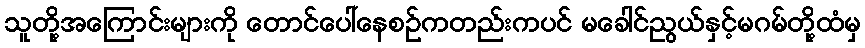
သူတို့အကြောင်းများကို တောင်ပေါ်နေစဉ်ကတည်းကပင် မခေါင်ညွယ်နှင့်မဂမ်တို့ထံမှ